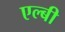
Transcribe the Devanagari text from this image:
एल्बी